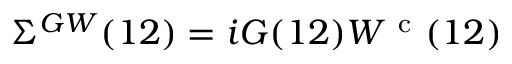
\Sigma ^ { G W } ( 1 2 ) = i G ( 1 2 ) W ^ { \mathrm { ~ c ~ } } ( 1 2 )